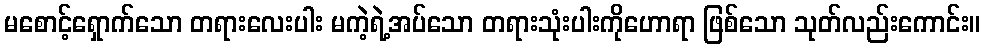
မစောင့်ရှောက်သော တရားလေးပါး မကဲ့ရဲ့အပ်သော တရားသုံးပါးကိုဟောရာ ဖြစ်သော သုတ်လည်းကောင်း။